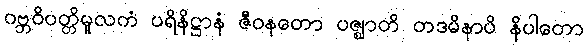
ဂဗ္ဘဝိပတ္တိမူလကံ ပရိနိဋ္ဌာနံ ဇီဝနတော ပဇ္ဈာတိ တဒမိနာပိ နိပါတော